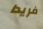
فريدا